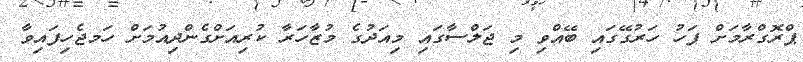
ޕްރޮގްރާމަށް ފަހު ހަރުގޭގައި ބޭއްވި މި ޖަލްސާގައި މިއަދުގެ މުޒާހަރާ ކުރިއަށްގެންދިއުމަށް ހަމޖެހިފައިވާ